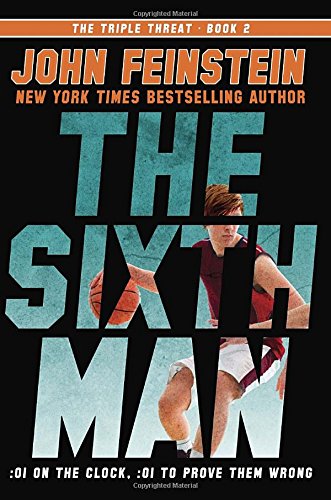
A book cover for The Sixth Man (The Triple Threat, 2); John Feinstein; Children's Books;